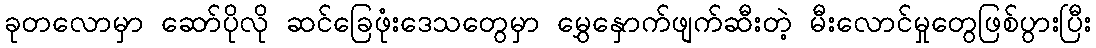
ခုတလောမှာ ဆော်ပိုလို ဆင်ခြေဖုံးဒေသတွေမှာ မွှေနှောက်ဖျက်ဆီးတဲ့ မီးလောင်မှုတွေဖြစ်ပွားပြီး